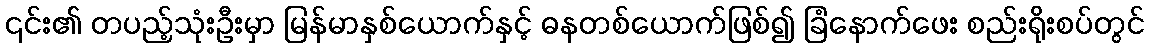
၎င်း၏ တပည့်သုံးဦးမှာ မြန်မာနှစ်ယောက်နှင့် ဓနတစ်ယောက်ဖြစ်၍ ခြံနောက်ဖေး စည်းရိုးစပ်တွင်